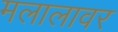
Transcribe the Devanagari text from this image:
मलालावर